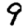
Digit: 9